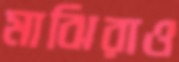
মাঝিরাও